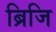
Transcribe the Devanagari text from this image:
ब्रिजि